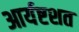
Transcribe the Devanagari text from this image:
आर्यष्टशत